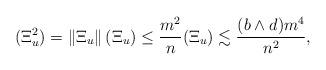
LaTeX: \begin{align*}( \Xi^2_u) = \|\Xi_u\| \, (\Xi_u) \leq \frac{m^2}{n} (\Xi_u) \lesssim \frac{(b \wedge d) m^4}{n^2},\end{align*}